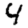
Digit: 4